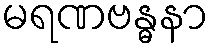
မရဏဗန္ဓနာ